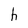
Character: h